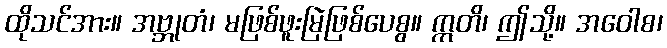
ထိုသင်အား။ အဗ္ဘုတံ၊ မဖြစ်ဖူးမြဲဖြစ်ပေစွ။ ဣတိ၊ ဤသို့။ အဝေါစ၊